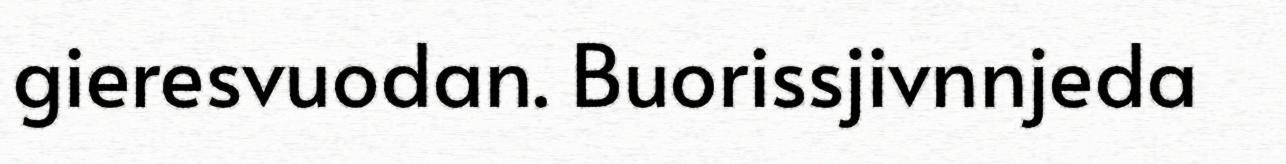
gieresvuodan. Buorissjivnnjeda